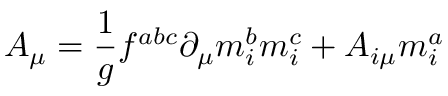
A _ { \mu } = \frac 1 g f ^ { a b c } \partial _ { \mu } m _ { i } ^ { b } m _ { i } ^ { c } + A _ { i \mu } m _ { i } ^ { a }